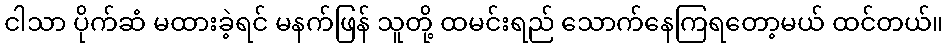
ငါသာ ပိုက်ဆံ မထားခဲ့ရင် မနက်ဖြန် သူတို့ ထမင်းရည် သောက်နေကြရတော့မယ် ထင်တယ်။